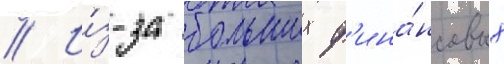
// И́з-за больших ф'ина́нсовых